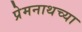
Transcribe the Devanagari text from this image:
प्रेमनाथच्या